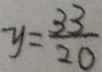
y = \frac { 3 3 } { 2 0 }